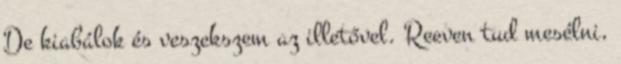
De kiabálok és veszekszem az illetővel. Reeven tud mesélni,